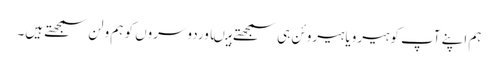
ہم اپنے آپ کو ہیرویا ہیروئن ہی سمجھتے ہیںاوردوسروں کو ہم ولن سمجھتے ہیں۔